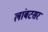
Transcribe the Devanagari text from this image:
लांबटसर